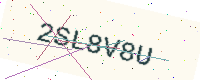
Text: 2SL8V8U